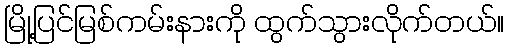
မြို့ပြင်မြစ်ကမ်းနားကို ထွက်သွားလိုက်တယ်။